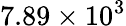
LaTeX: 7.89\times 10^{3}